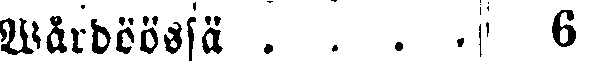
Wärdoössä . . . . 6